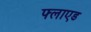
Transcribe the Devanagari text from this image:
फ्लाएड